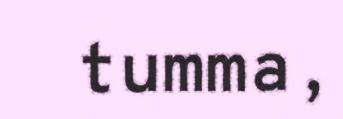
tumma,